Code of medical and sanitary regulations for the guidance of medical officers serving in the Madras Presidency - Volume II
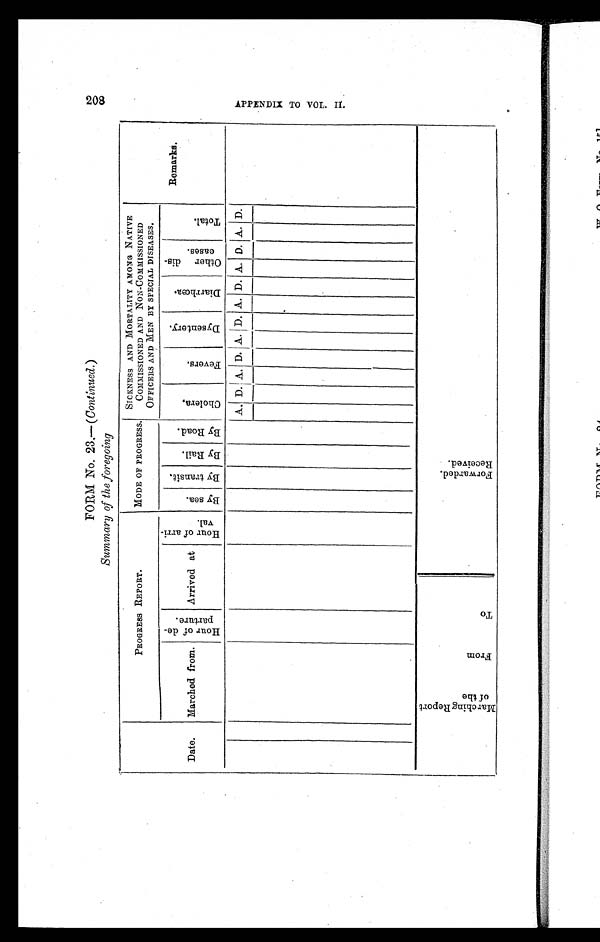
FORM No. 23.—( Continued. )
Summary of the foregoing
Date.
PROGRESS REPORT.
MODE OF PROGRESS.
SICKNESS AND MORTALITY AMONG NATIVE
COMMISSIONED AND NON-COMMISSIONED
OFFICERS AND MEN BY SPECIAL DISEASES.
Remarks.
Marched from.
H o u r o f d e -
p a r t u r e .
Arrived at
Hour of a r r i -
val.
B y s e a .
B y t r a n s i t .
B y R a i l .
B y R o a d .
C h o l e r a .
F e v e r s .
D y s e n t e r y .
D i a r r h œ a .
O t h e r d i s -
e a s e s .
T o t a l .
A. D. A. D. A. D. A. D. A. D. A. D.
M a r c h i n g R e p o r t
o f t h e
F r o m
T o
F o r w a r d e d .
R e c e i v e d .
2 0 8 A P P E N D I X T O V O L . I I .